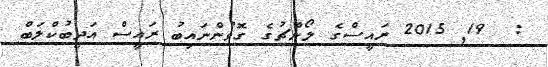
:  19